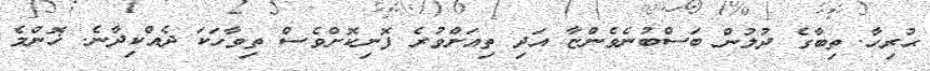
ޙުރިހާ. ތިބާގެ ދުލުން ބަސްބުނެވެންޏާ އަދި ތިއަށްވުރެ ފޮނިކޮށްވެސް ތިވާހަކަ ދެއްކިދާނެ. ޚޮންމެ